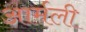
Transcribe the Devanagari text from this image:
आर्मली